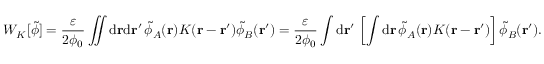
W _ { K } [ \tilde { \phi } ] = \frac { \varepsilon } { 2 \phi _ { 0 } } \iint \mathrm { d } \mathbf { r } \mathrm { d } \mathbf { r } ^ { \prime } \, \tilde { \phi } _ { A } ( \mathbf { r } ) K ( \mathbf { r } - \mathbf { r } ^ { \prime } ) \tilde { \phi } _ { B } ( \mathbf { r } ^ { \prime } ) = \frac { \varepsilon } { 2 \phi _ { 0 } } \int \mathrm { d } \mathbf { r } ^ { \prime } \, \left[ \int \mathrm { d } \mathbf { r } \, \tilde { \phi } _ { A } ( \mathbf { r } ) K ( \mathbf { r } - \mathbf { r } ^ { \prime } ) \right] \tilde { \phi } _ { B } ( \mathbf { r } ^ { \prime } ) .